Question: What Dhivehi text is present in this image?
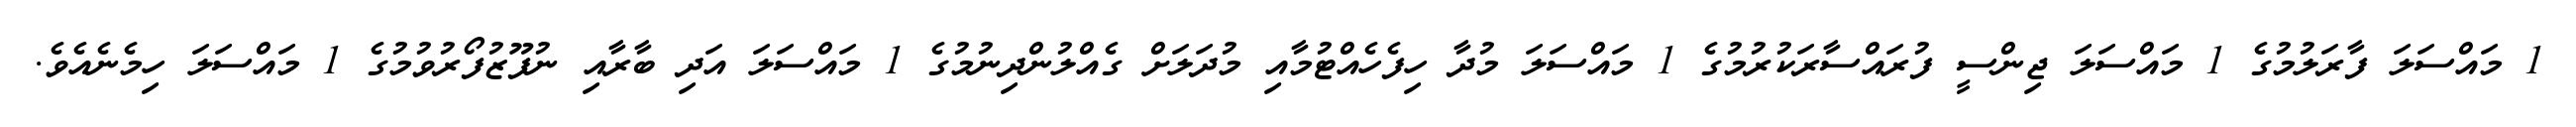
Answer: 1 މައްސަލަ ފާރަލުމުގެ 1 މައްސަލަ ޖިންސީ ފުރައްސާރަކުރުމުގެ 1 މައްސަލަ މުދާ ހިފެހެއްޓުމާއި މުދަލަށް ގެއްލުންދިނުމުގެ 1 މައްސަލަ އަދި ބާރާއި ނުފޫޒުފޯރުވުމުގެ 1 މައްސަލަ ހިމެނެއެވެ.